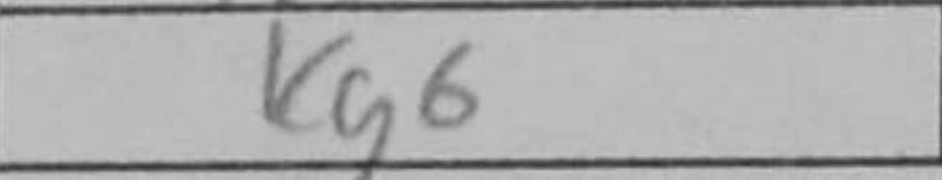
Transcription: b5